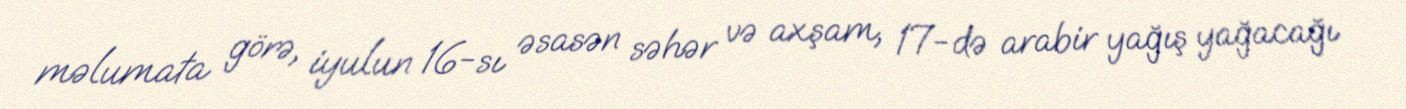
məlumata görə, iyulun 16-sı əsasən səhər və axşam, 17-də arabir yağış yağacağı